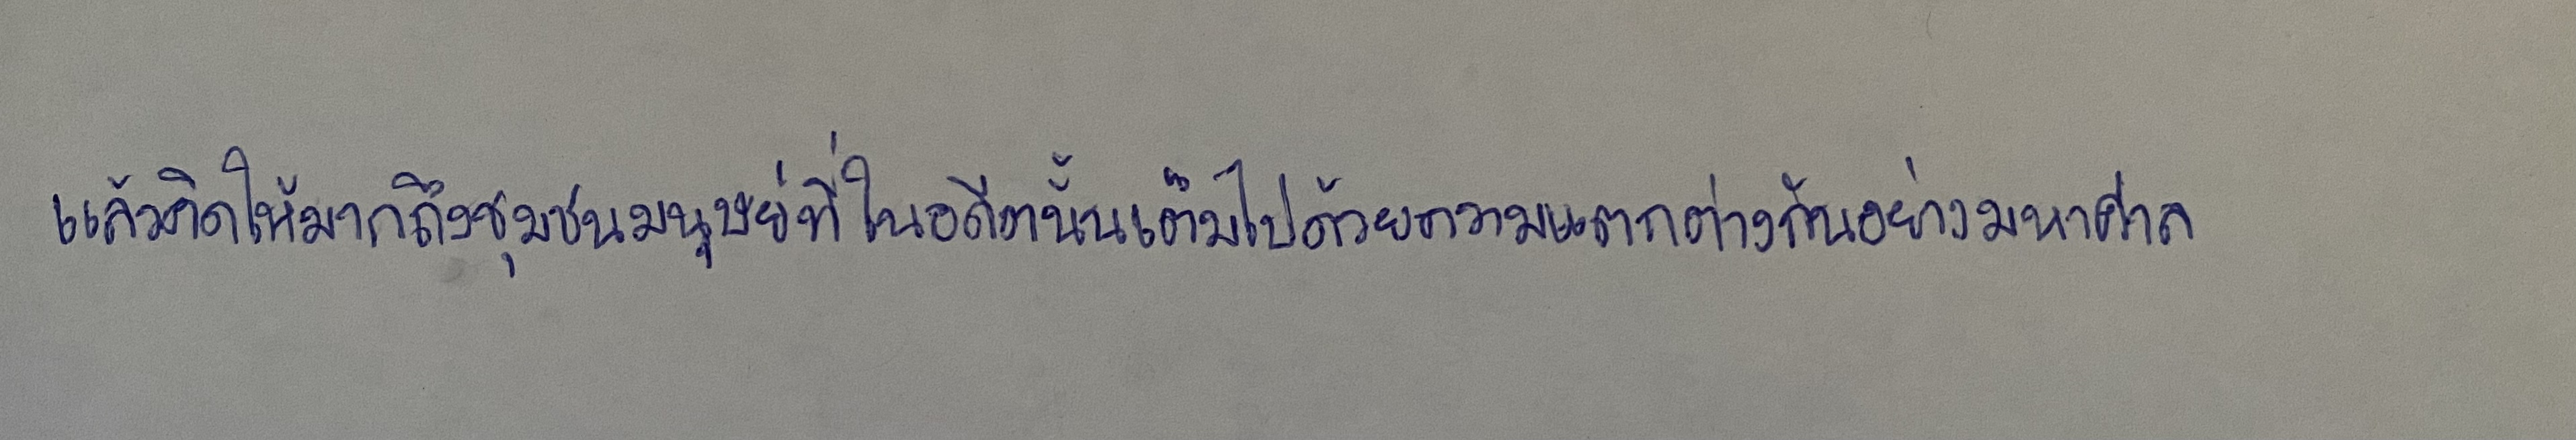
แล้วคิดให้มากถึงชุมชนมนุษย์ที่ในอดีตนั้นเต็มไปด้วยความแตกต่างกันอย่างมหาศาล